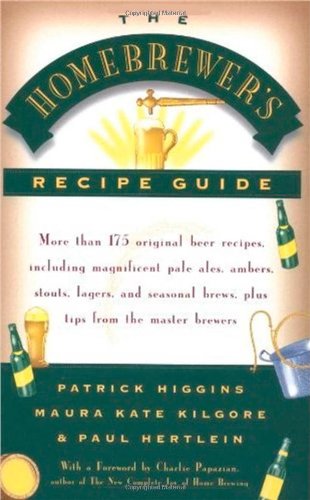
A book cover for The Homebrewers' Recipe Guide: More than 175 original beer recipes including magnificent pale ales, ambers, stouts, lagers, and seasonal brews, plus tips from the master brewers; Patrick Higgins; Crafts, Hobbies & Home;